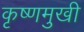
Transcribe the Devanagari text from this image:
कृष्णमुखी